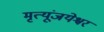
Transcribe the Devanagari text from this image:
मृत्यूंजयेश्वर